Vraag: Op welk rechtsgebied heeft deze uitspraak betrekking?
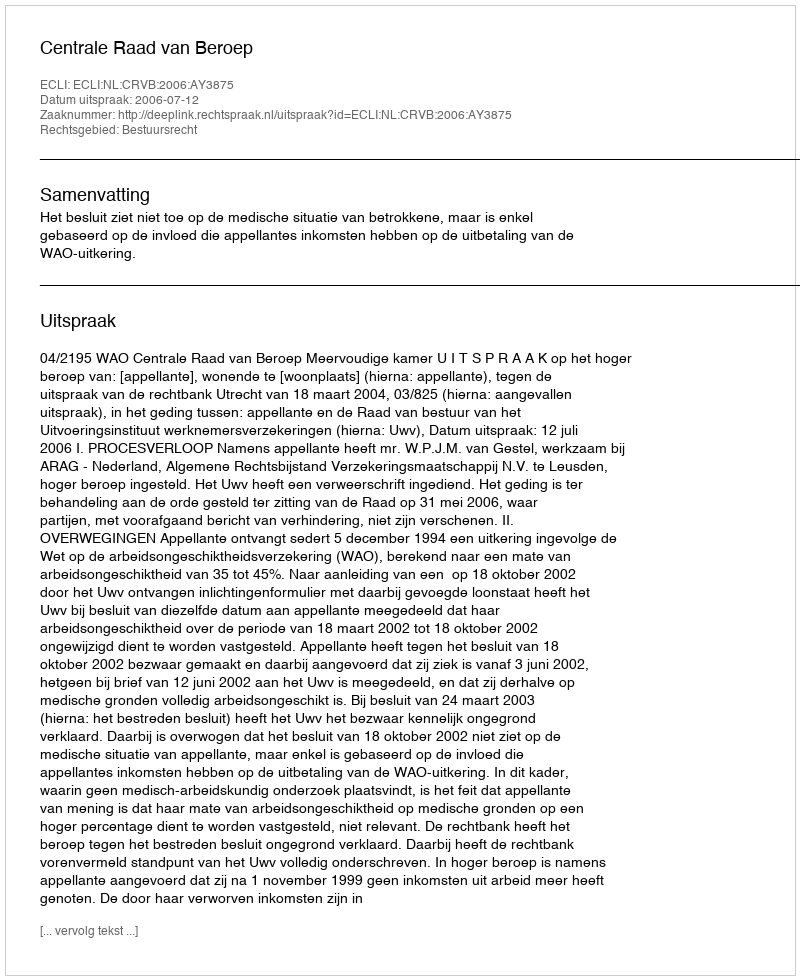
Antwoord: Bestuursrecht